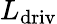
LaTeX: L_{\mathrm{driv}}